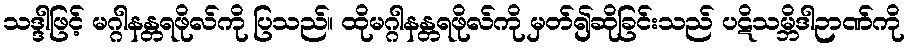
သဒ္ဒါဖြင့် မဂ္ဂါနန္တရဖိုလ်ကို ပြသည်။ ထိုမဂ္ဂါနန္တရဖိုလ်ကို မှတ်၍ဆိုခြင်းသည် ပဋိသမ္ဘိဒါဉာဏ်ကို